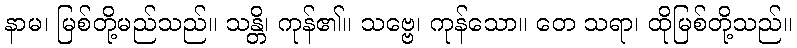
နာမ၊ မြစ်တို့မည်သည်။ သန္တိ၊ ကုန်၏။ သဗ္ဗေ၊ ကုန်သော။ တေ သရာ၊ ထိုမြစ်တို့သည်။